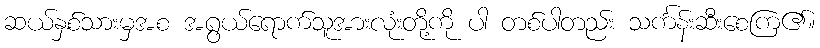
ဆယ်နှစ်သားမှအစ အရွယ်ရောက်သူအားလုံးတို့ကို ပါ တစ်ပါတည်း သင်္ကန်းဆီးစေကြ၏။